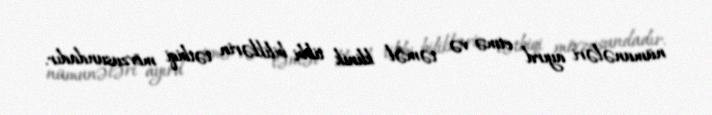
nümunələri ayırd etmə və təməl klinik tibbi biliklərin tətbiqi mövzusundadır.